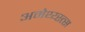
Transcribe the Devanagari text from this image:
अमेथ्य्स्त्स